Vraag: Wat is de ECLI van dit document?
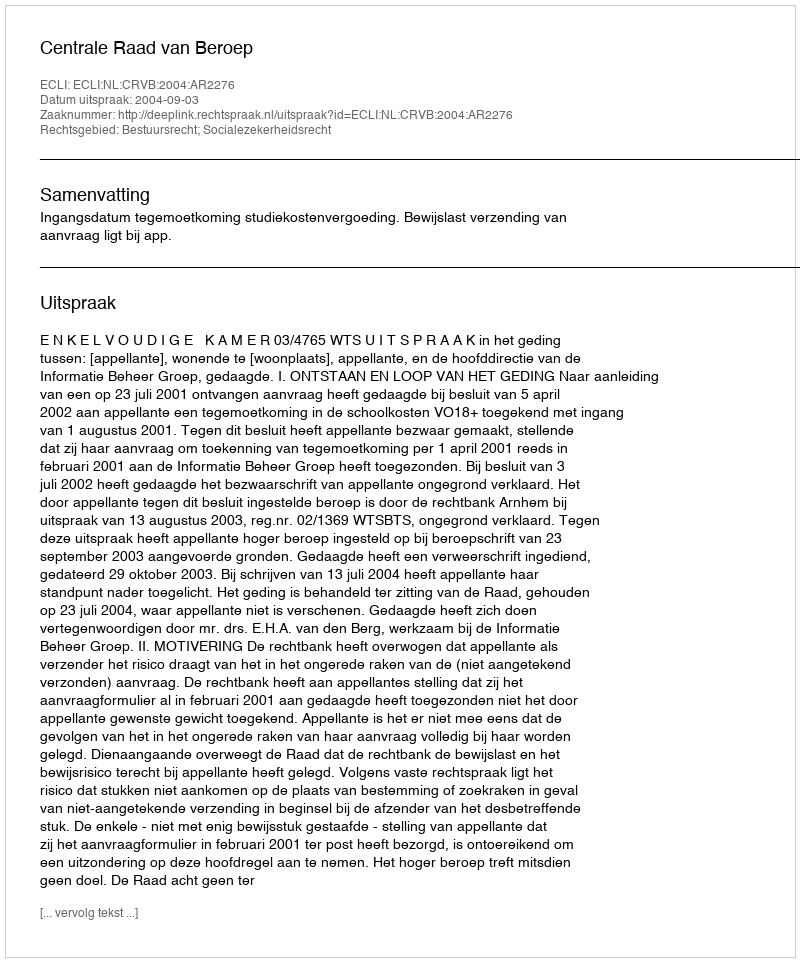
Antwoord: ECLI:NL:CRVB:2004:AR2276